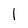
Character: 1